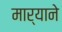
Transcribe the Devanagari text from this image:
मार्‍याने